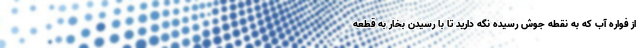
از فواره آب که به نقطه جوش رسیده نگه دارید تا با رسیدن بخار به قطعه